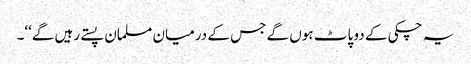
یہ چکی کے دو پاٹ ہوں گے جس کے درمیان مسلمان پستے رہیں گے‘‘۔